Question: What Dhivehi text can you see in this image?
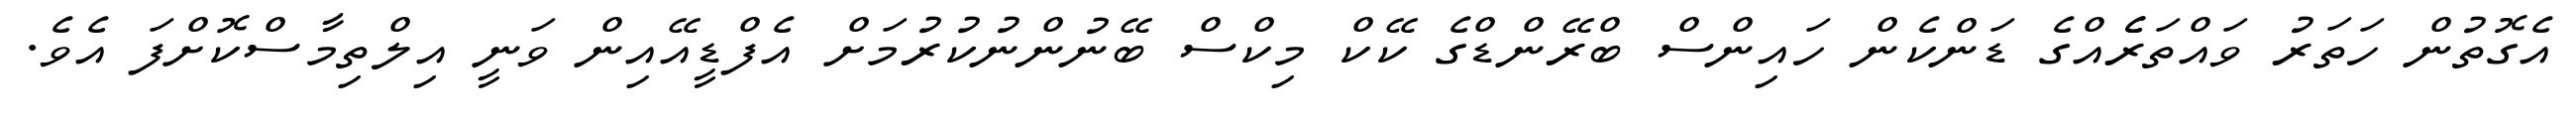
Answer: އެގޮތުން ހަތަރު ވައްތަރެެއްގެ ޑަންކެން ހައިންސް ބްރޭންޑްގެ ކޭކް މިކްސް ބޭނުންނުކުރުމަށް އެފްޑީއޭއިން ވަނީ އިލްތިމާސްކޮށްފަ އެވެ.